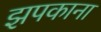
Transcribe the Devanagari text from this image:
झपकाना